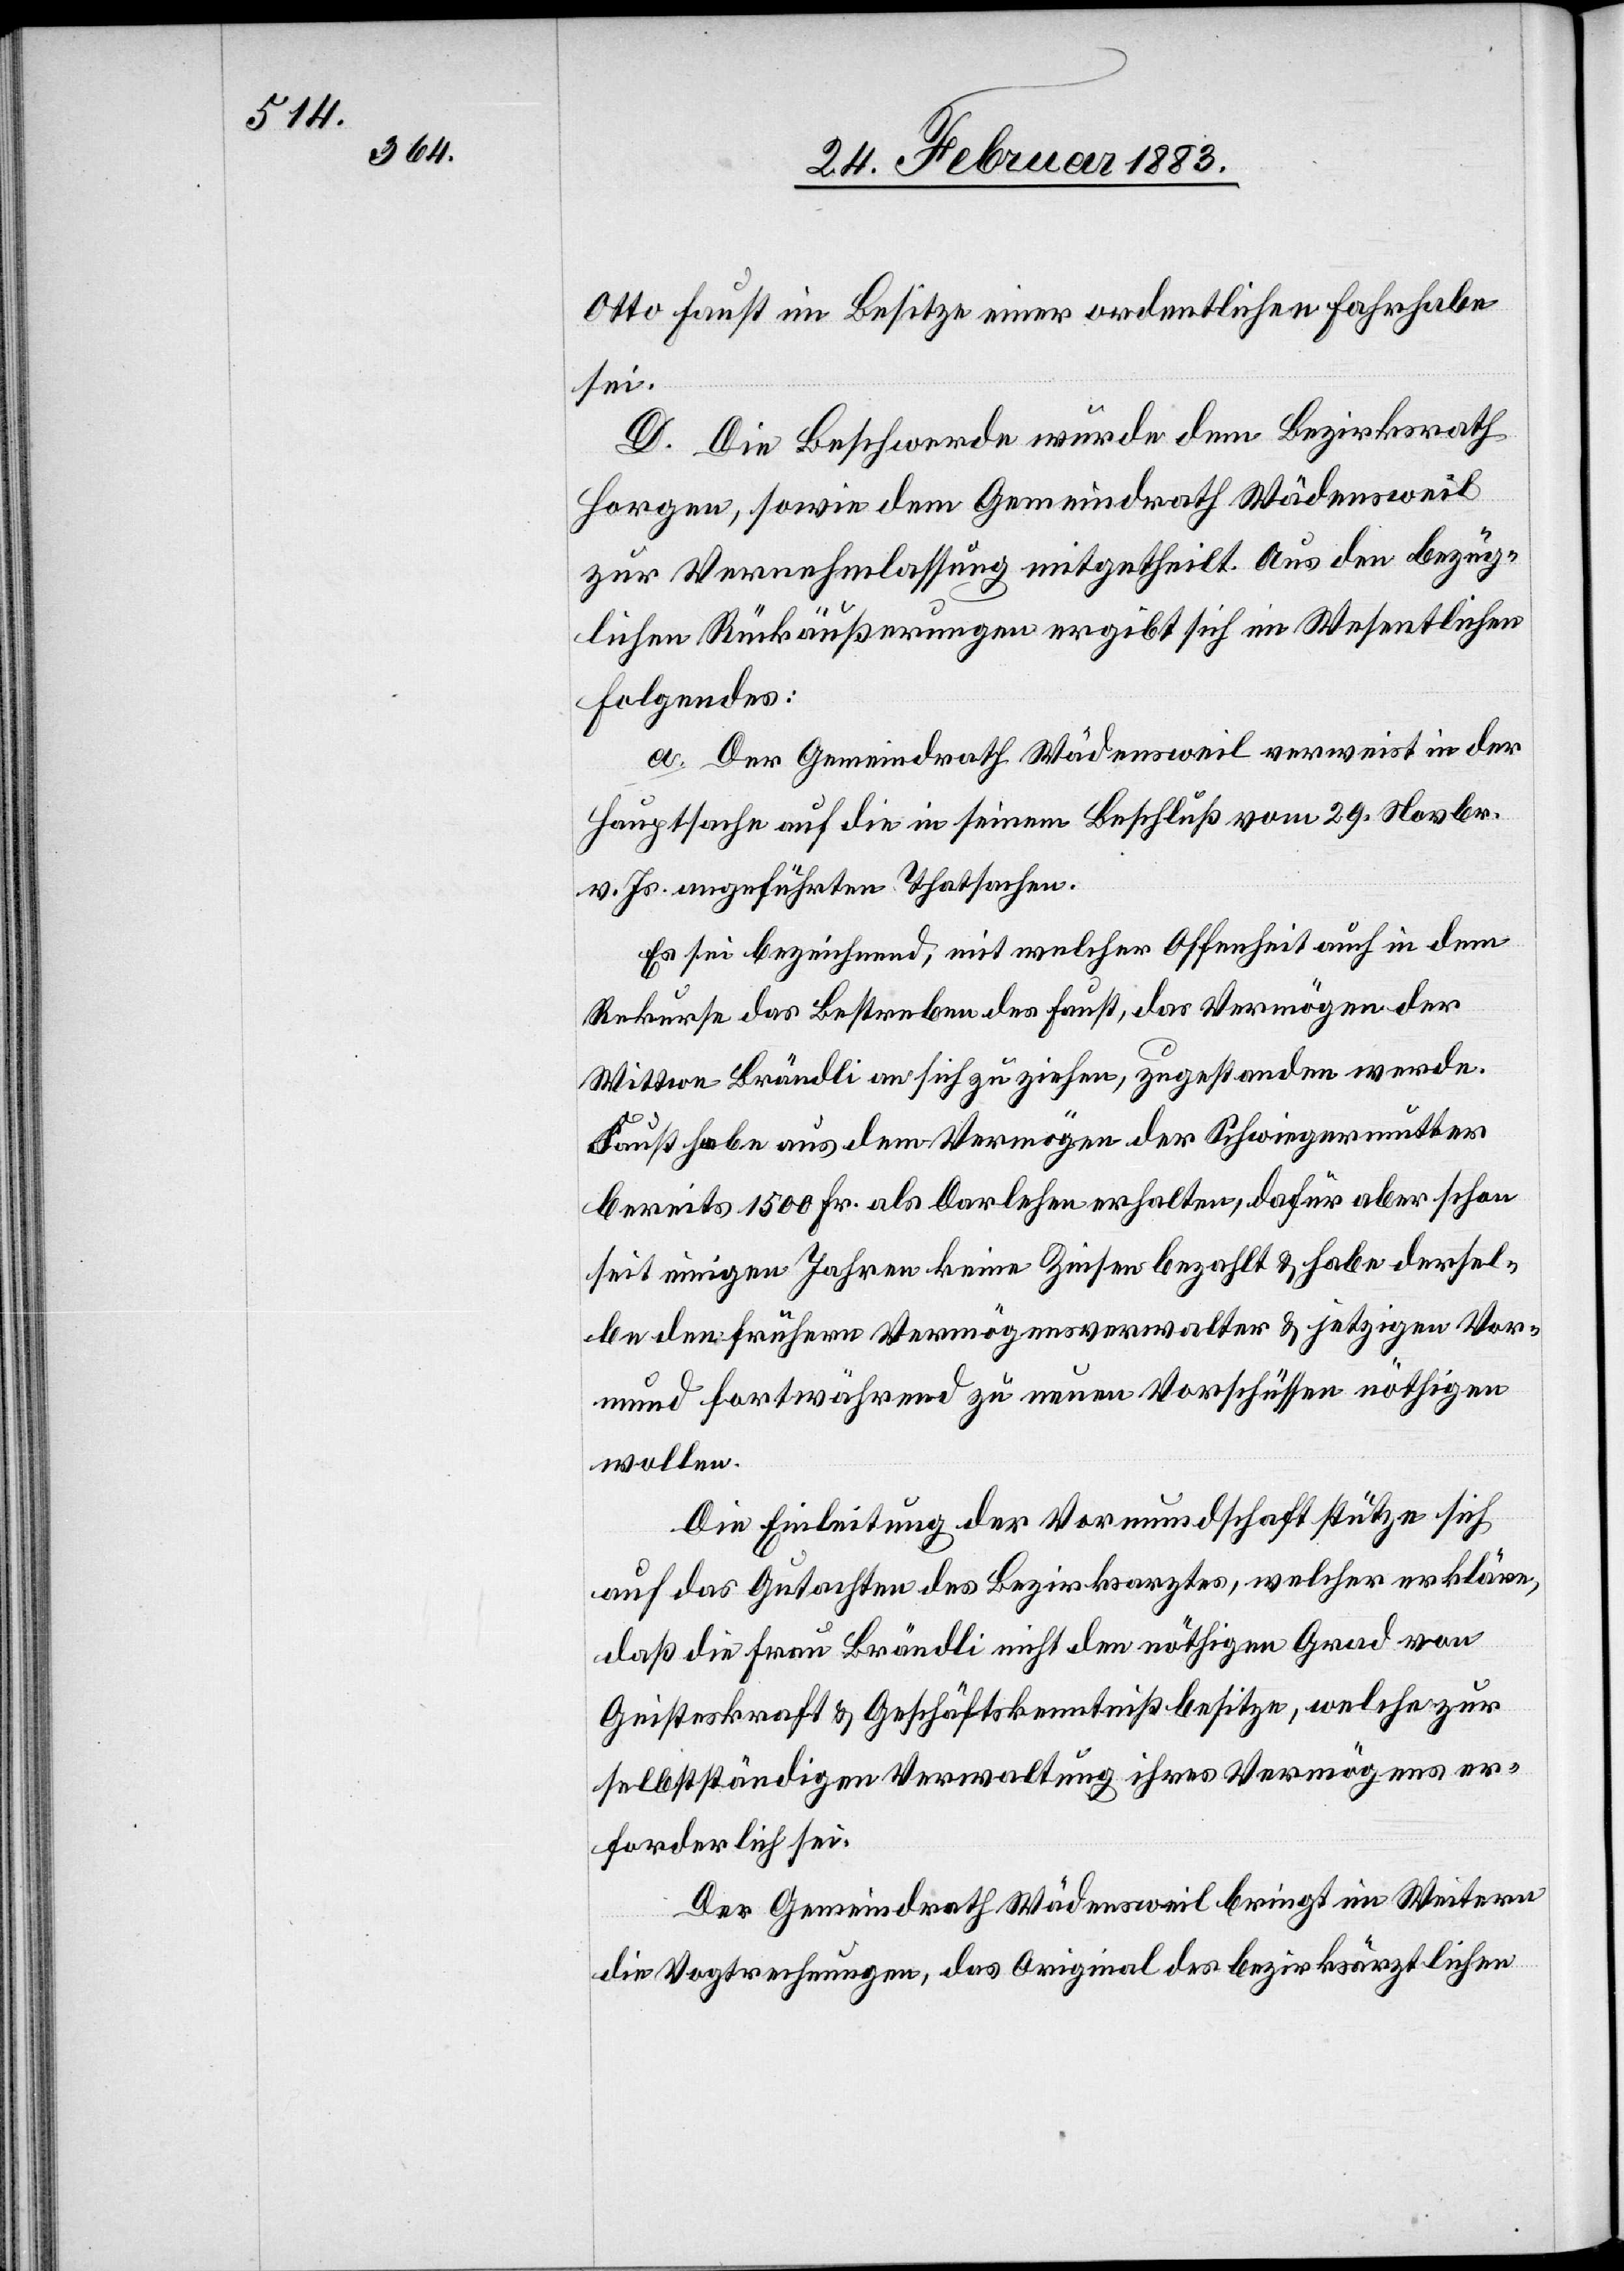
Otto Faust im Besitze einer ordentlichen Fahrhabe
sei.
D. Die Beschwerde wurde dem Bezirksrath
Horgen, sowie dem Gemeindrath Wädensweil
zur Vernehmlassung mitgetheilt. Aus den bezüg¬
lichen Rückäußerungen ergibt sich im Wesentlichen
folgendes:
a. Der Gemeindrath Wädensweil verweist in der
Hauptsache auf die in seinem Beschluß vom 19. Novbr.
v. Js. angeführten Thatsachen.
Es sei bezeichnend, mit welcher Offenheit auch in dem
Rekurse das Bestreben des Faust, das Vermögen der
Wittwe Brändli auf sich zu ziehen, zugestanden werde.
Faust habe aus dem Vermögen der Schwiegermutter
bereits 1500 Fr. als Darlehen erhalten, dafür aber schon
seit einigen Jahren keine Zinsen bezahlt & habe dersel¬
be den frühern Vermögenverwalter & jetzigen Vor¬
mund fortwährend zu neuen Vorschüssen nöthigen
wollen.
Die Einleitung der Vormundschaft stütze sich
auf das Gutachten des Bezirksarztes, welcher erkläre,
daß die Frau Brändli nicht den nöthigen Grad von
Geisteskraft & Geschäftskenntniß besitze, welche[r] zur
selbstständigen Verwaltung ihres Vermögens er¬
forderlich sei.
Der Gemeindrath Wädensweil bringt im Weitern
die Vogtrechnungen, das Original des bezirksärztlichen